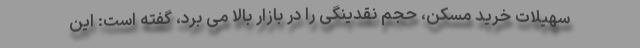
سهیلات خرید مسکن، حجم نقدینگی را در بازار بالا می برد، گفته است: این